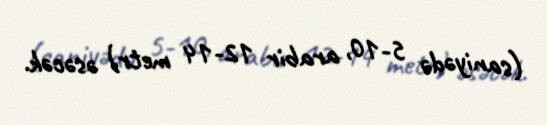
(saniyədə 5-10, arabir 12-14 metr) əsəcək.